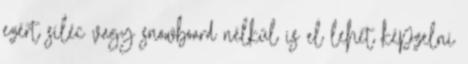
ezért síléc vagy snowboard nélkül is el lehet képzelni